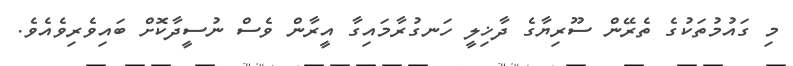
މި ގައުމުތަކުގެ ތެރޭން ސޫރިޔާގެ ދާޚިލީ ހަނގުރާމައިގާ އީރާން ވެސް ނުސީދާކޮށް ބައިވެރިވެއެވެ.